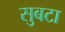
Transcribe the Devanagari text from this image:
सुबटा